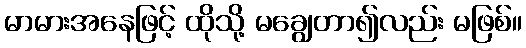
မာမားအနေဖြင့် ထိုသို့ မချွေတာ၍လည်း မဖြစ်။